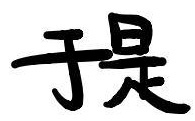
于是